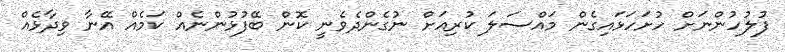
ފުލުހުންނަށް ހުށަހަޅައިގެން މައްސަލަ ކުރިއަށް ނުގެންދެވެނީ ކޮން ބޭފުޅުންނެއް ކަމެއް އޭނާ ވިދާޅެއް